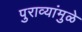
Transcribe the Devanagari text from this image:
पुराव्यांमुळे